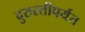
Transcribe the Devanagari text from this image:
दुरुस्तीपर्यंत